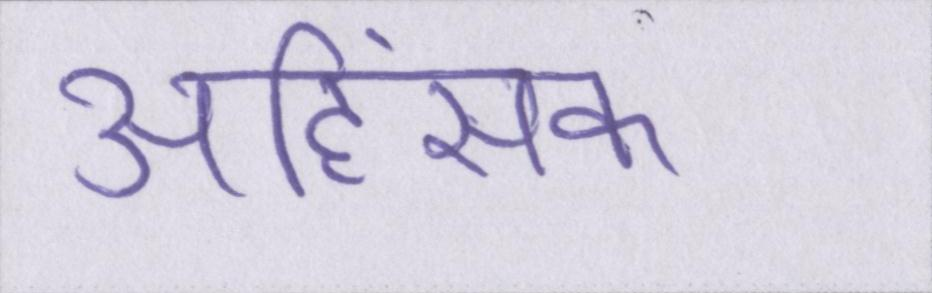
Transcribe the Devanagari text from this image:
अहिंसक